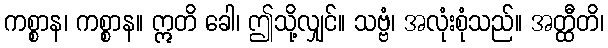
ကစ္စာန၊ ကစ္စာန။ ဣတိ ခေါ၊ ဤသို့လျှင်။ သဗ္ဗံ၊ အလုံးစုံသည်။ အတ္ထီတိ၊